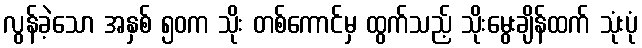
လွန်ခဲ့သော အနှစ် ၅၀က သိုး တစ်ကောင်မှ ထွက်သည့် သိုးမွေးချိန်ထက် သုံးပုံ